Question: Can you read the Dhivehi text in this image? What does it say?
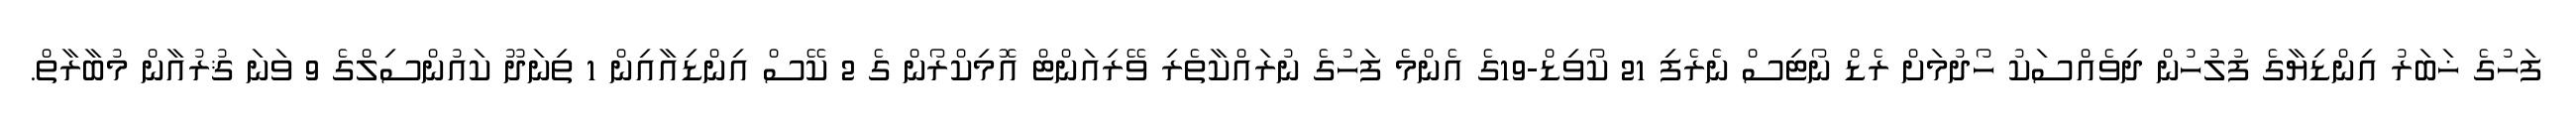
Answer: ފަހުގެ ޚަބަރު އިންޑިޔާގެ ފުލުހުން ދިވެއްސަކު ހޯދުމަށް ރެޑް ނޯޓިސް ނެރެފި 21 ކޯވިޑް-19ގެ އެންމެ ފަހުގެ ނުރައްކާތެރި ވޭރިއަންޓް އޮމިކްރޯން ގެ 2 ކޭސް އިންޑިއާއިން 1 ތިނަދޫ ކައުންސިލްގެ 9 ވަނަ ޤުރުއާން މުބާރާތް.